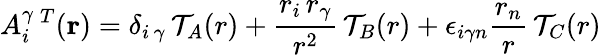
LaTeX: A_{i}^{\gamma}\, ^{T}({\mathbf r})={\delta}_{{i}\, {\gamma}}\, {\cal T}_{A}(r)+\frac{r_{i}\, r_{\gamma}}{r^{2}}\, {\cal T}_{B}(r)+{\epsilon}_{i{\gamma}n}\frac{r_{n}}{r}\, {\cal T}_{C}(r)